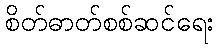
စိတ်ဓာတ်စစ်ဆင်ရေး